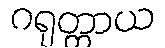
ဂရုတ္တာယ